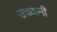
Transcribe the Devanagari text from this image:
उचकनी